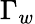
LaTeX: \Gamma_{w}